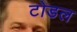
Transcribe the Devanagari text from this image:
टोडल